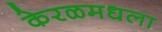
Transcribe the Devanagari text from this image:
केरळमधला